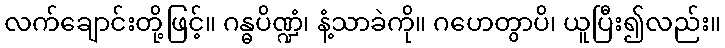
လက်ချောင်းတို့ဖြင့်။ ဂန္ဓပိဏ္ဍံ၊ နံ့သာခဲကို။ ဂဟေတွာပိ၊ ယူပြီး၍လည်း။